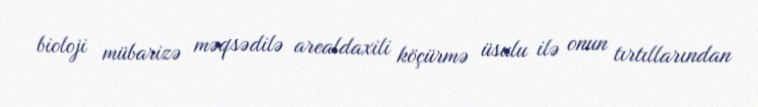
bioloji mübarizə məqsədilə arealdaxili köçürmə üsulu ilə onun tırtıllarından